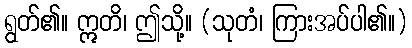
ရွတ်၏။ ဣတိ၊ ဤသို့။ (သုတံ၊ ကြားအပ်ပါ၏။)